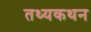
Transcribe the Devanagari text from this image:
तथ्यकथन